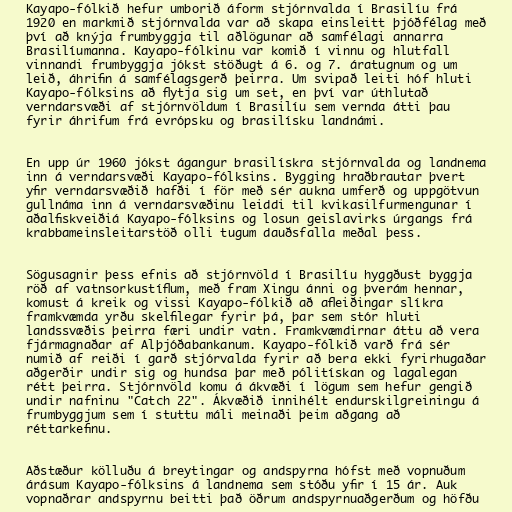
Kayapo-fólkið hefur umborið áform stjórnvalda í Brasilíu frá
1920 en markmið stjórnvalda var að skapa einsleitt þjóðfélag með
því að knýja frumbyggja til aðlögunar að samfélagi annarra
Brasilíumanna. Kayapo-fólkinu var komið í vinnu og hlutfall
vinnandi frumbyggja jókst stöðugt á 6. og 7. áratugnum og um
leið, áhrifin á samfélagsgerð þeirra. Um svipað leiti hóf hluti
Kayapo-fólksins að flytja sig um set, en því var úthlutað
verndarsvæði af stjórnvöldum í Brasilíu sem vernda átti þau
fyrir áhrifum frá evrópsku og brasilísku landnámi.

En upp úr 1960 jókst ágangur brasilískra stjórnvalda og landnema
inn á verndarsvæði Kayapo-fólksins. Bygging hraðbrautar þvert
yfir verndarsvæðið hafði í för með sér aukna umferð og uppgötvun
gullnáma inn á verndarsvæðinu leiddi til kvikasilfurmengunar í
aðalfiskveiðiá Kayapo-fólksins og losun geislavirks úrgangs frá
krabbameinsleitarstöð olli tugum dauðsfalla meðal þess.

Sögusagnir þess efnis að stjórnvöld í Brasilíu hyggðust byggja
röð af vatnsorkustíflum, með fram Xingu ánni og þverám hennar,
komust á kreik og vissi Kayapo-fólkið að afleiðingar slíkra
framkvæmda yrðu skelfilegar fyrir þá, þar sem stór hluti
landssvæðis þeirra færi undir vatn. Framkvæmdirnar áttu að vera
fjármagnaðar af Alþjóðabankanum. Kayapo-fólkið varð frá sér
numið af reiði í garð stjórvalda fyrir að bera ekki fyrirhugaðar
aðgerðir undir sig og hundsa þar með pólitískan og lagalegan
rétt þeirra. Stjórnvöld komu á ákvæði í lögum sem hefur gengið
undir nafninu "Catch 22". Ákvæðið innihélt endurskilgreiningu á
frumbyggjum sem í stuttu máli meinaði þeim aðgang að
réttarkefinu.

Aðstæður kölluðu á breytingar og andspyrna hófst með vopnuðum
árásum Kayapo-fólksins á landnema sem stóðu yfir í 15 ár. Auk
vopnaðrar andspyrnu beitti það öðrum andspyrnuaðgerðum og höfðu